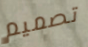
تصميم